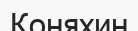
Коняхин